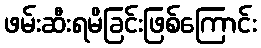
ဖမ်းဆီးရမိခြင်းဖြစ်ကြောင်း